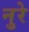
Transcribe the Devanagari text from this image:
नुरे